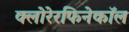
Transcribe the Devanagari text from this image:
क्लोरेरफिनेकॉल